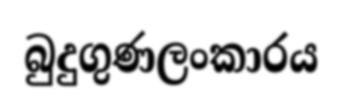
බුදුගුණලංකාරය